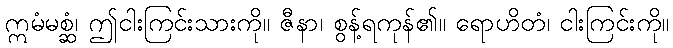
ဣမံမစ္ဆံ၊ ဤငါးကြင်းသားကို။ ဇီနာ၊ စွန့်ရကုန်၏။ ရောဟိတံ၊ ငါးကြင်းကို။